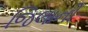
જિલાની